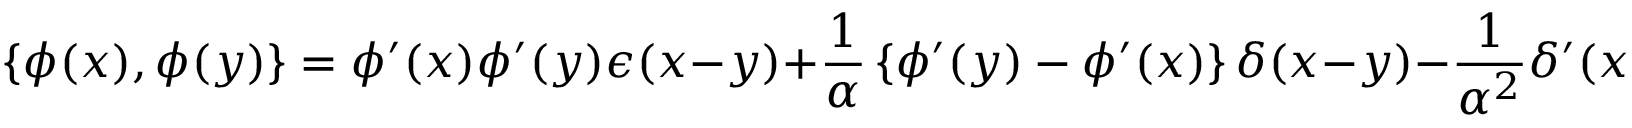
\left\{ \phi ( x ) , \phi ( y ) \right\} = \phi ^ { \prime } ( x ) \phi ^ { \prime } ( y ) \epsilon ( x - y ) + { \frac { 1 } { \alpha } } \left\{ \phi ^ { \prime } ( y ) - \phi ^ { \prime } ( x ) \right\} \delta ( x - y ) - { \frac { 1 } { \alpha ^ { 2 } } } \delta ^ { \prime } ( x - y )